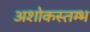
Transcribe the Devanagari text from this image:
अशोकस्तम्भ